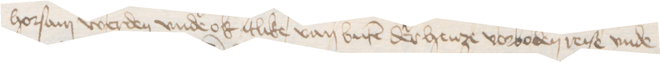
horsam werden vnde ok itlike van buten der henze vorboden reise vnde